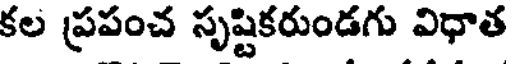
కల ప్రపంచ సృష్టికరుండగు విధాత